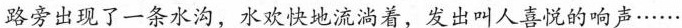
路旁出现了一条水沟，水欢快地流淌着，发出叫人喜悦的响声······